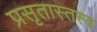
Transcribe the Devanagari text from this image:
प्रसृतास्तस्य